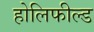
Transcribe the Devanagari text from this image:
होलिफील्ड